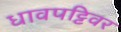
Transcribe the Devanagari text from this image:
धावपट्टिवर